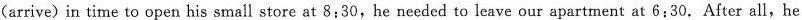
(Arriving) in time to open his small store at 8:30, he needed to leave our apartment at 6:30. After all, he